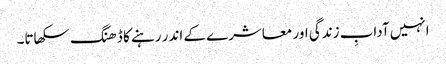
انہیں آدابِ زندگی اور معاشرے کے اندر رہنے کا ڈھنگ سکھاتا۔